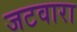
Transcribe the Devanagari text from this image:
जटवारा